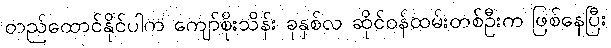
တည်ထောင်နိုင်ပါက ကျော်စိုးသိန်း ခုနှစ်လ ဆိုင်ဝန်ထမ်းတစ်ဦးက ဖြစ်နေပြီး